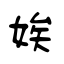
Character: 娭